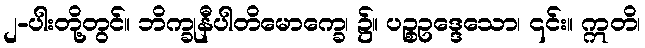
၂-ပါးတို့တွင်။ ဘိက္ခုနီပါတိမောက္ခေ၊ ၌။ ပဉ္စဥဒ္ဒေသော၊ ၎င်း။ ဣတိ၊